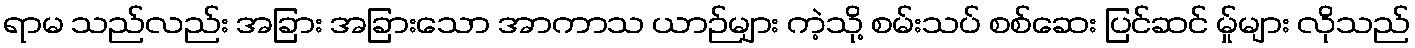
ရာမ သည်လည်း အခြား အခြားသော အာကာသ ယာဉ်များ ကဲ့သို့ စမ်းသပ် စစ်ဆေး ပြင်ဆင် မ်ှုများ လိုသည်